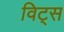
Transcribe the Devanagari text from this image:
विट्स